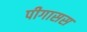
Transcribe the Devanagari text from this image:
पीगासस